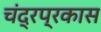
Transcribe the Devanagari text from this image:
चंद्रप्रकास